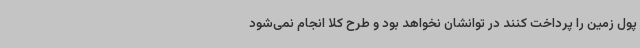
پول زمین را پرداخت کنند در توانشان نخواهد بود و طرح کلا انجام نمی‌شود